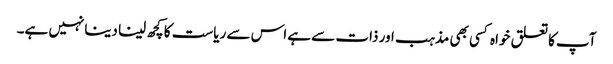
آپ کا تعلق خواہ کسی بھی مذہب اور ذات سے ہے اس سے ریاست کا کچھ لینا دینانہیں ہے۔